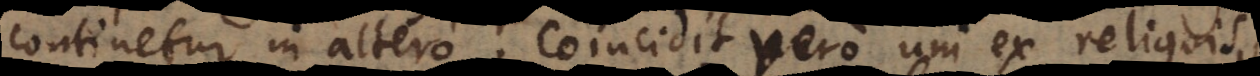
continetur in altero. Coincidit vero uni ex reliquis,